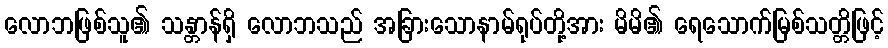
လောဘဖြစ်သူ၏ သန္တာန်ရှိ လောဘသည် အခြားသောနာမ်ရုပ်တို့အား မိမိ၏ ရေသောက်မြစ်သတ္တိဖြင့်